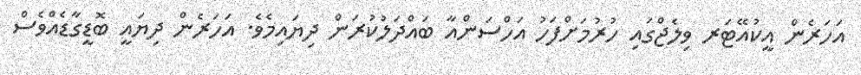
އަހަރެން އީކުއޭޓަރ ވިލެޖްގައި ހުރުމަށްފަހު އަހްސަންއާ ބައްދަލުކުރަން ދިޔައިމެވެ. އަހަރެން ދިޔައީ ބޮޑީގާޑެއްވެސް